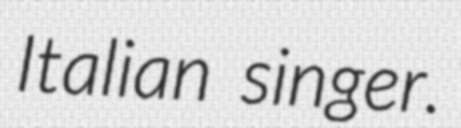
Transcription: Italian singer.